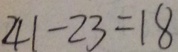
4 1 - 2 3 = 1 8